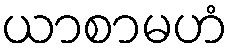
ယာစာမဟံ